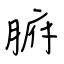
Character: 腑